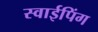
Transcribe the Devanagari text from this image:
स्वाईपिंग